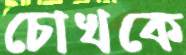
চোখকে